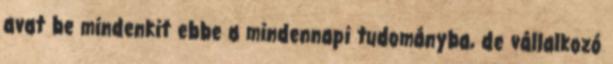
avat be mindenkit ebbe a mindennapi tudományba, de vállalkozó